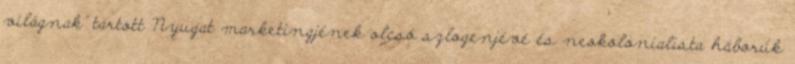
világnak” tartott Nyugat marketingjének olcsó szlogenjévé és neokolonialista háborúk